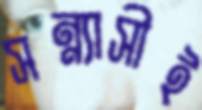
সন্ন্যাসীই